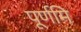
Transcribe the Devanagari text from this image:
पूर्णमि